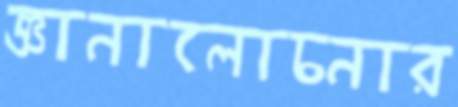
জ্ঞানালোচনার